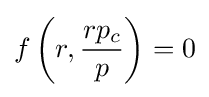
f\left(r,{\frac {rp_{c}}{p}}\right)=0